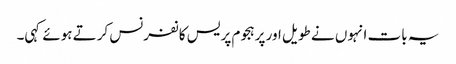
یہ بات انہوں نے طویل اور پرہجوم پریس کانفرنس کرتے ہوئے کہی۔